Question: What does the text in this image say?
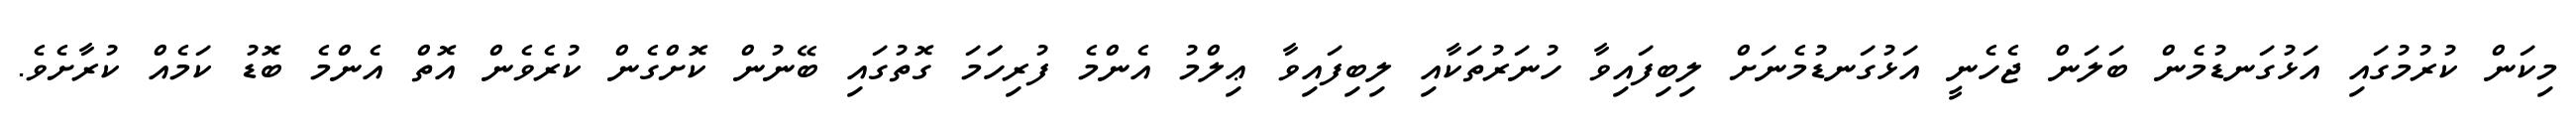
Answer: މިކަން ކުރުމުގައި އަޅުގަނޑުމެން ބަލަން ޖެހެނީ އަޅުގަނޑުމެނަށް ލިބިފައިވާ ހުނަރުތަކާއި ލިބިފައިވާ ޢިލްމު އެންމެ ފުރިހަަމަ ގޮތުގައި ބޭނުން ކޮށްގެން ކުރެވެން އޮތް އެންމެ ބޮޑު ކަމެއް ކުރާށެވެ.